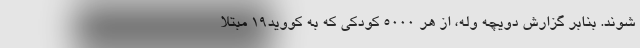
شوند. بنابر گزارش دویچه وله، از هر ۵۰۰۰ کودکی که به کووید۱۹ مبتلا